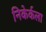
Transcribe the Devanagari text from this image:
निकेर्कला